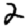
Digit: 2